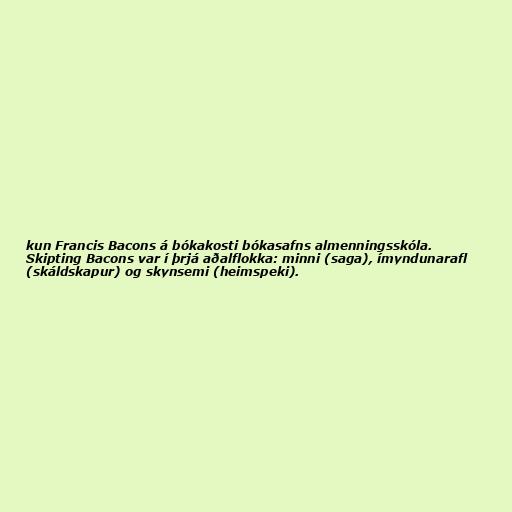
kun Francis Bacons á bókakosti bókasafns almenningsskóla.
Skipting Bacons var í þrjá aðalflokka: minni (saga), ímyndunarafl
(skáldskapur) og skynsemi (heimspeki).